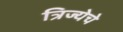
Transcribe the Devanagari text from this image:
त्रिज्येचे